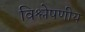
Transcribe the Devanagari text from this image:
विश्लेषणीय